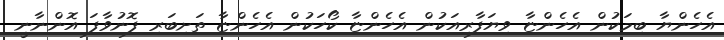
އެހެންޔާ ބިމަކުން އެހެންޏާ ވިޔަފާރިއަކުން އެހެންޏާ ކޯހަކުން އެހެންޏާ ތަށިބަރި ފޮނުވާފަ އޮންނާނީ